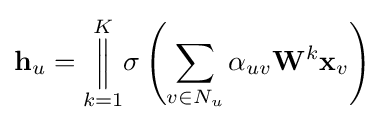
\mathbf {h} _{u}={\overset {K}{\underset {k=1}{\Big \Vert }}}\sigma \left(\sum _{v\in N_{u}}\alpha _{uv}\mathbf {W} ^{k}\mathbf {x} _{v}\right)